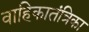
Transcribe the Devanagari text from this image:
वाहिकातंत्रिका